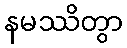
နမဿိတွာ